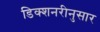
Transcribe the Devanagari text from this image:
डिक्शनरीनुसार